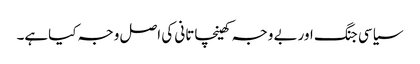
سیاسی جنگ اوربے وجہ کھینچاتانی کی اصل وجہ کیاہے۔